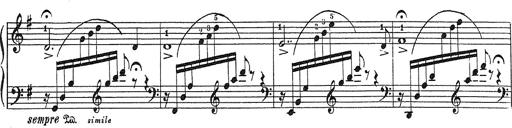
Title: Grosses Konzertsolo
Composer: Franz Liszt